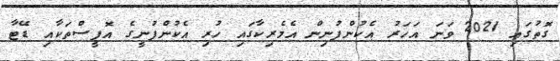
ގޮތުގައި 2021 ވަނަ އަހަރު އެކުންފުނިން އެމެރިކާގައި ހުރި އެކުންފުނީގެ އޮފީސްތަކާއި ޑޭޓާ